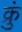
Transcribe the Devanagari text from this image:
क्रुं